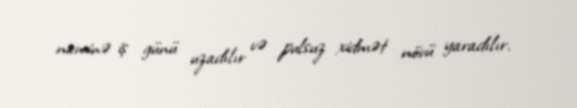
naminə iş günü uzadılır və pulsuz xidmət növü yaradılır.